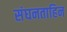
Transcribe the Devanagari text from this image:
संघनताहिन